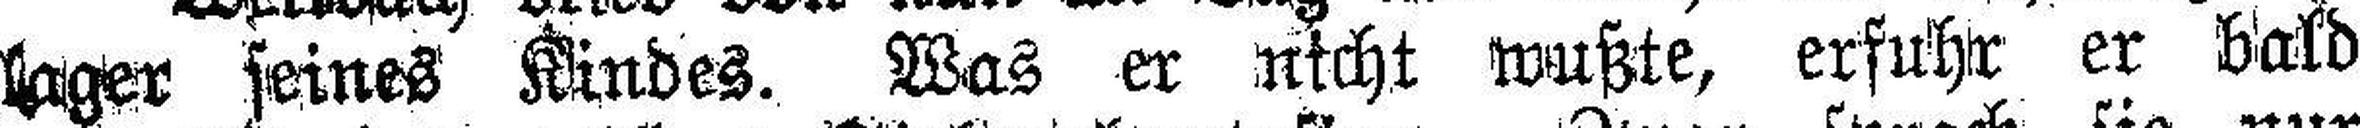
lager seines Kindes. Was er nicht wußte, erfuhr er bald